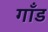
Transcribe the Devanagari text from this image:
गाँड